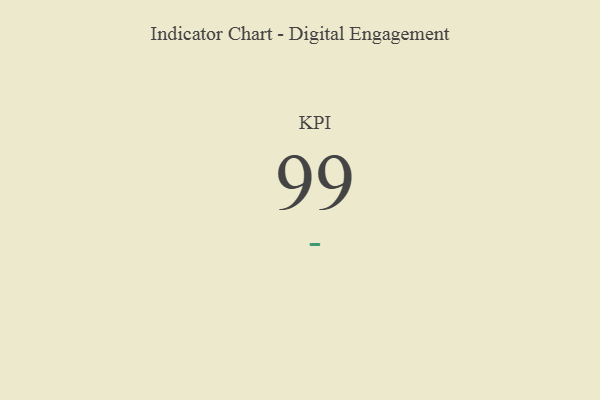
{"axis": {"x": "KPI", "y": "Value"}, "legend": [""], "data": [{"x": "KPI", "y": 99, "type": ""}]}